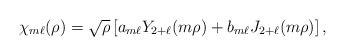
\begin{align*}\chi_{m\ell}(\rho)=\sqrt{\rho}\left[ a_{m\ell}Y_{2+\ell}(m\rho)+ b_{m\ell}J_{2+\ell}(m\rho)\right],\end{align*}